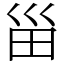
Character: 甾